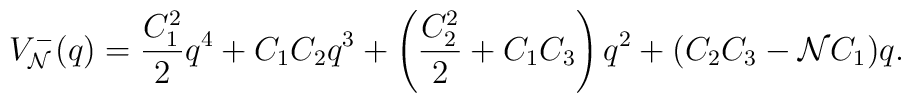
V_{\cal N}^{-}(q)= \frac{C_1^2}{2} q^4+ C_1 C_2 q^3+\left(\frac{C_2^2}{2}+  C_1 C_3 \right)q^2        + (  C_2 C_3 -  {\cal N}C_1 )q.